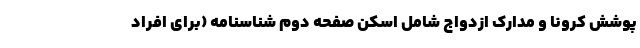
پوشش کرونا و مدارک ازدواج شامل اسکن صفحه دوم شناسنامه (برای افراد